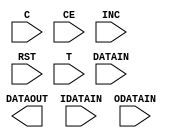
// $Header: /devl/xcs/repo/env/Databases/CAEInterfaces/xec_libs/data/unisims/IODELAY.v,v 1.3 2008/12/11 17:17:40 vandanad Exp $
///////////////////////////////////////////////////////////////////////////////
// Copyright (c) 1995/2006 Xilinx, Inc.
// All Right Reserved.
///////////////////////////////////////////////////////////////////////////////
//   ____  ____
//  /   /\/   /
// /___/  \  /    Vendor : Xilinx
// \   \   \/     Version : 8.2i
//  \   \         Description : Xilinx Functional Simulation Library Component
//  /   /                  Input and/or Output Fixed or Variable Delay Element.
// /___/   /\     Filename : IODELAY.v
// \   \  /  \    Timestamp : Wed Jun  7 16:13:41 PDT 2006
//  \___\/\___\
//
// Revision:
//    06/07/06 - Initial version.
// End Revision

`timescale  1 ps / 1 ps

module IODELAY (DATAOUT, C, CE, DATAIN, IDATAIN, INC, ODATAIN, RST, T);

    parameter DELAY_SRC    = "I";
    parameter HIGH_PERFORMANCE_MODE    = "TRUE";
    parameter IDELAY_TYPE  = "DEFAULT";
    parameter IDELAY_VALUE = 0;
    parameter ODELAY_VALUE = 0;
    parameter REFCLK_FREQUENCY = 200.0;
    parameter SIGNAL_PATTERN    = "DATA";

    output DATAOUT;
    input C;
    input CE;
    input DATAIN;
    input IDATAIN;
    input INC;
    input ODATAIN;
    input RST;
    input T ;

endmodule // IODELAY